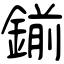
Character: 鎆